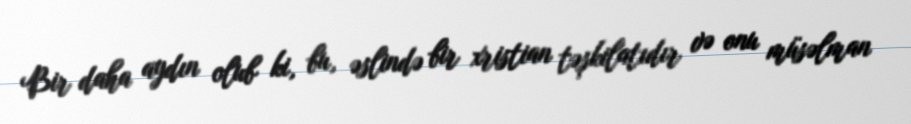
Bir daha aydın olub ki, bu, əslində bir xristian təşkilatıdır və onu müsəlman